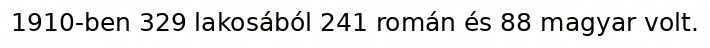
1910-ben 329 lakosából 241 román és 88 magyar volt.